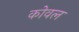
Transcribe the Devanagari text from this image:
कोवल